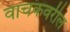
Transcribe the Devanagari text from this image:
वाचकवरील